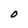
Character: O